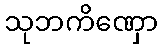
သုဘကိဏှော